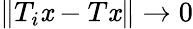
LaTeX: \| T_{i}\mathit{x}-T\mathit{x}\| \to0